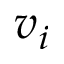
v _ { i }